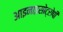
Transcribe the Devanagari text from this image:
आइनाइसोट्रोपी